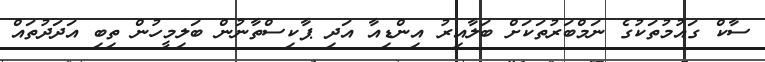
ސާކް ގައުމުތަކުގެ ނަމްބަރުތަކަށް ބަލާއިރު އިންޑިއާ އަދި ޕާކިސްތާނުން ބަލިމީހުން ތިބި އަދަދުތައް